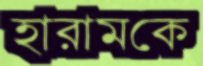
হারামকে